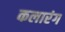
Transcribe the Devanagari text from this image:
कलारंग